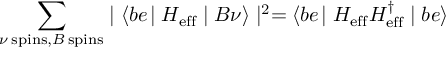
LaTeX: \sum _ { \nu \: \mathrm { s p i n s } , B \: \mathrm { s p i n s } } ^ { } \mid \langle b e \! \mid { \cal H _ { \mathrm { e f f } } } \mid B \nu \rangle \mid ^ { 2 } = \langle b e \! \mid { \cal H _ { \mathrm { e f f } } H _ { \mathrm { e f f } } ^ { \dagger } } \mid b e \rangle